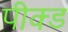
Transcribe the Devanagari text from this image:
पीक्ड